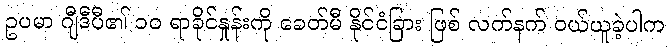
ဥပမာ ဂျီဒီပီ၏ ၁၀ ရာခိုင်နှုန်းကို ခေတ်မီ နိုင်ငံခြား ဖြစ် လက်နက် ဝယ်ယူခဲ့ပါက